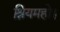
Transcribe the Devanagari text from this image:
श्रियमहो।